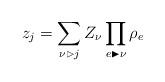
LaTeX: \begin{align*} z_j = \sum_{\nu \vartriangleright j} Z_\nu \prod_{e \blacktriangleright \nu} \rho_e\end{align*}